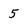
Character: 5